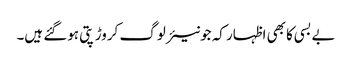
بے بسی کا بھی اظہار کہ جونیئر لوگ کروڑ پتی ہوگئے ہیں۔